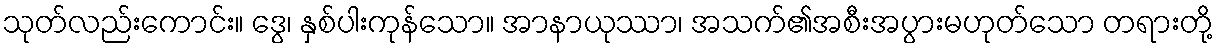
သုတ်လည်းကောင်း။ ဒွေ၊ နှစ်ပါးကုန်သော။ အာနာယုဿာ၊ အသက်၏အစီးအပွားမဟုတ်သော တရားတို့